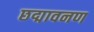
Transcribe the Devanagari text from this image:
छद्मावनण